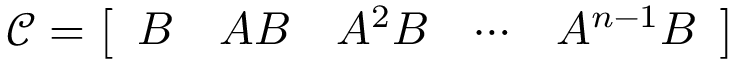
{ \mathcal { C } } = { \left[ \begin{array} { l l l l l } { B } & { A B } & { A ^ { 2 } B } & { \cdots } & { A ^ { n - 1 } B } \end{array} \right] }